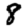
Digit: 8